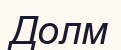
Долм